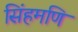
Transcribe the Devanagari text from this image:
सिंहमणि